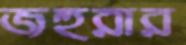
জহুরার